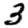
Digit: 3